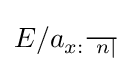
E/a_{x:{\begin{smallmatrix}\hline ~n|\end{smallmatrix}}}